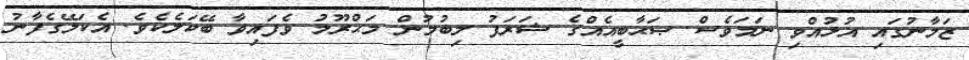
ޒަމާނުގައި އުޅުއްވި ނަމަވެސް ޞަޙާބީއެއްގެ ޝަރަފު ލިބުމުން މަޙްރޫމު ވެފައިވާ ބޭކަލެކެވެ. އެކަލޭގެފާނު